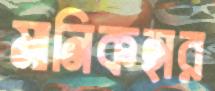
মানিকহার